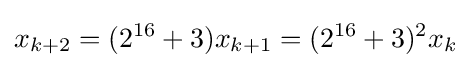
x_{k+2}=(2^{16}+3)x_{k+1}=(2^{16}+3)^{2}x_{k}